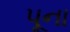
પૂના